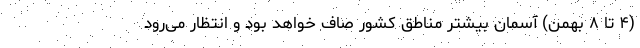
(۴ تا ۸ بهمن) آسمان بیشتر مناطق کشور صاف خواهد بود و انتظار می‌رود